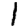
Digit: 1